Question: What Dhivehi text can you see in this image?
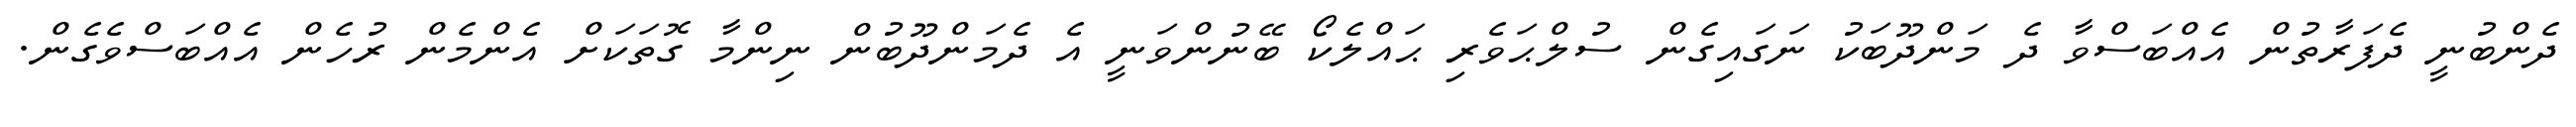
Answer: ދެންބުނީ ދެފަރާތުން އެއްބަސްވާ ދެ މަންދޫބަކު ނަގައިގެން ސުލްޙަވެރި ޙައްލެކޯ ބޭނުންވަނީ އެ ދެމަންދޫބުން ނިންމާ ގޮތަކަށް އެންމެން ރުހެން އެއްބަސްވެގެން.